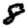
Digit: 8